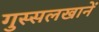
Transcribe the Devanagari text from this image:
गुस्सलखानें